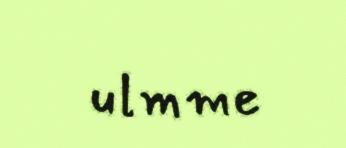
ulmme